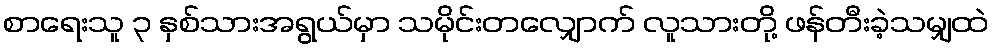
စာရေးသူ ၃ နှစ်သားအရွယ်မှာ သမိုင်းတလျှောက် လူသားတို့ ဖန်တီးခဲ့သမျှထဲ